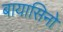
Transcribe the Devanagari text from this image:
बायासिनो